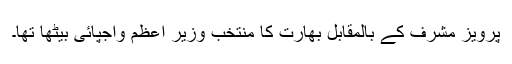
پرویز مشرف کے بالمقابل بھارت کا منتخب وزیر اعظم واجپائی بیٹھا تھا۔